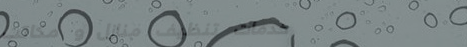
خدمات تنظيف منازل و مكاتب